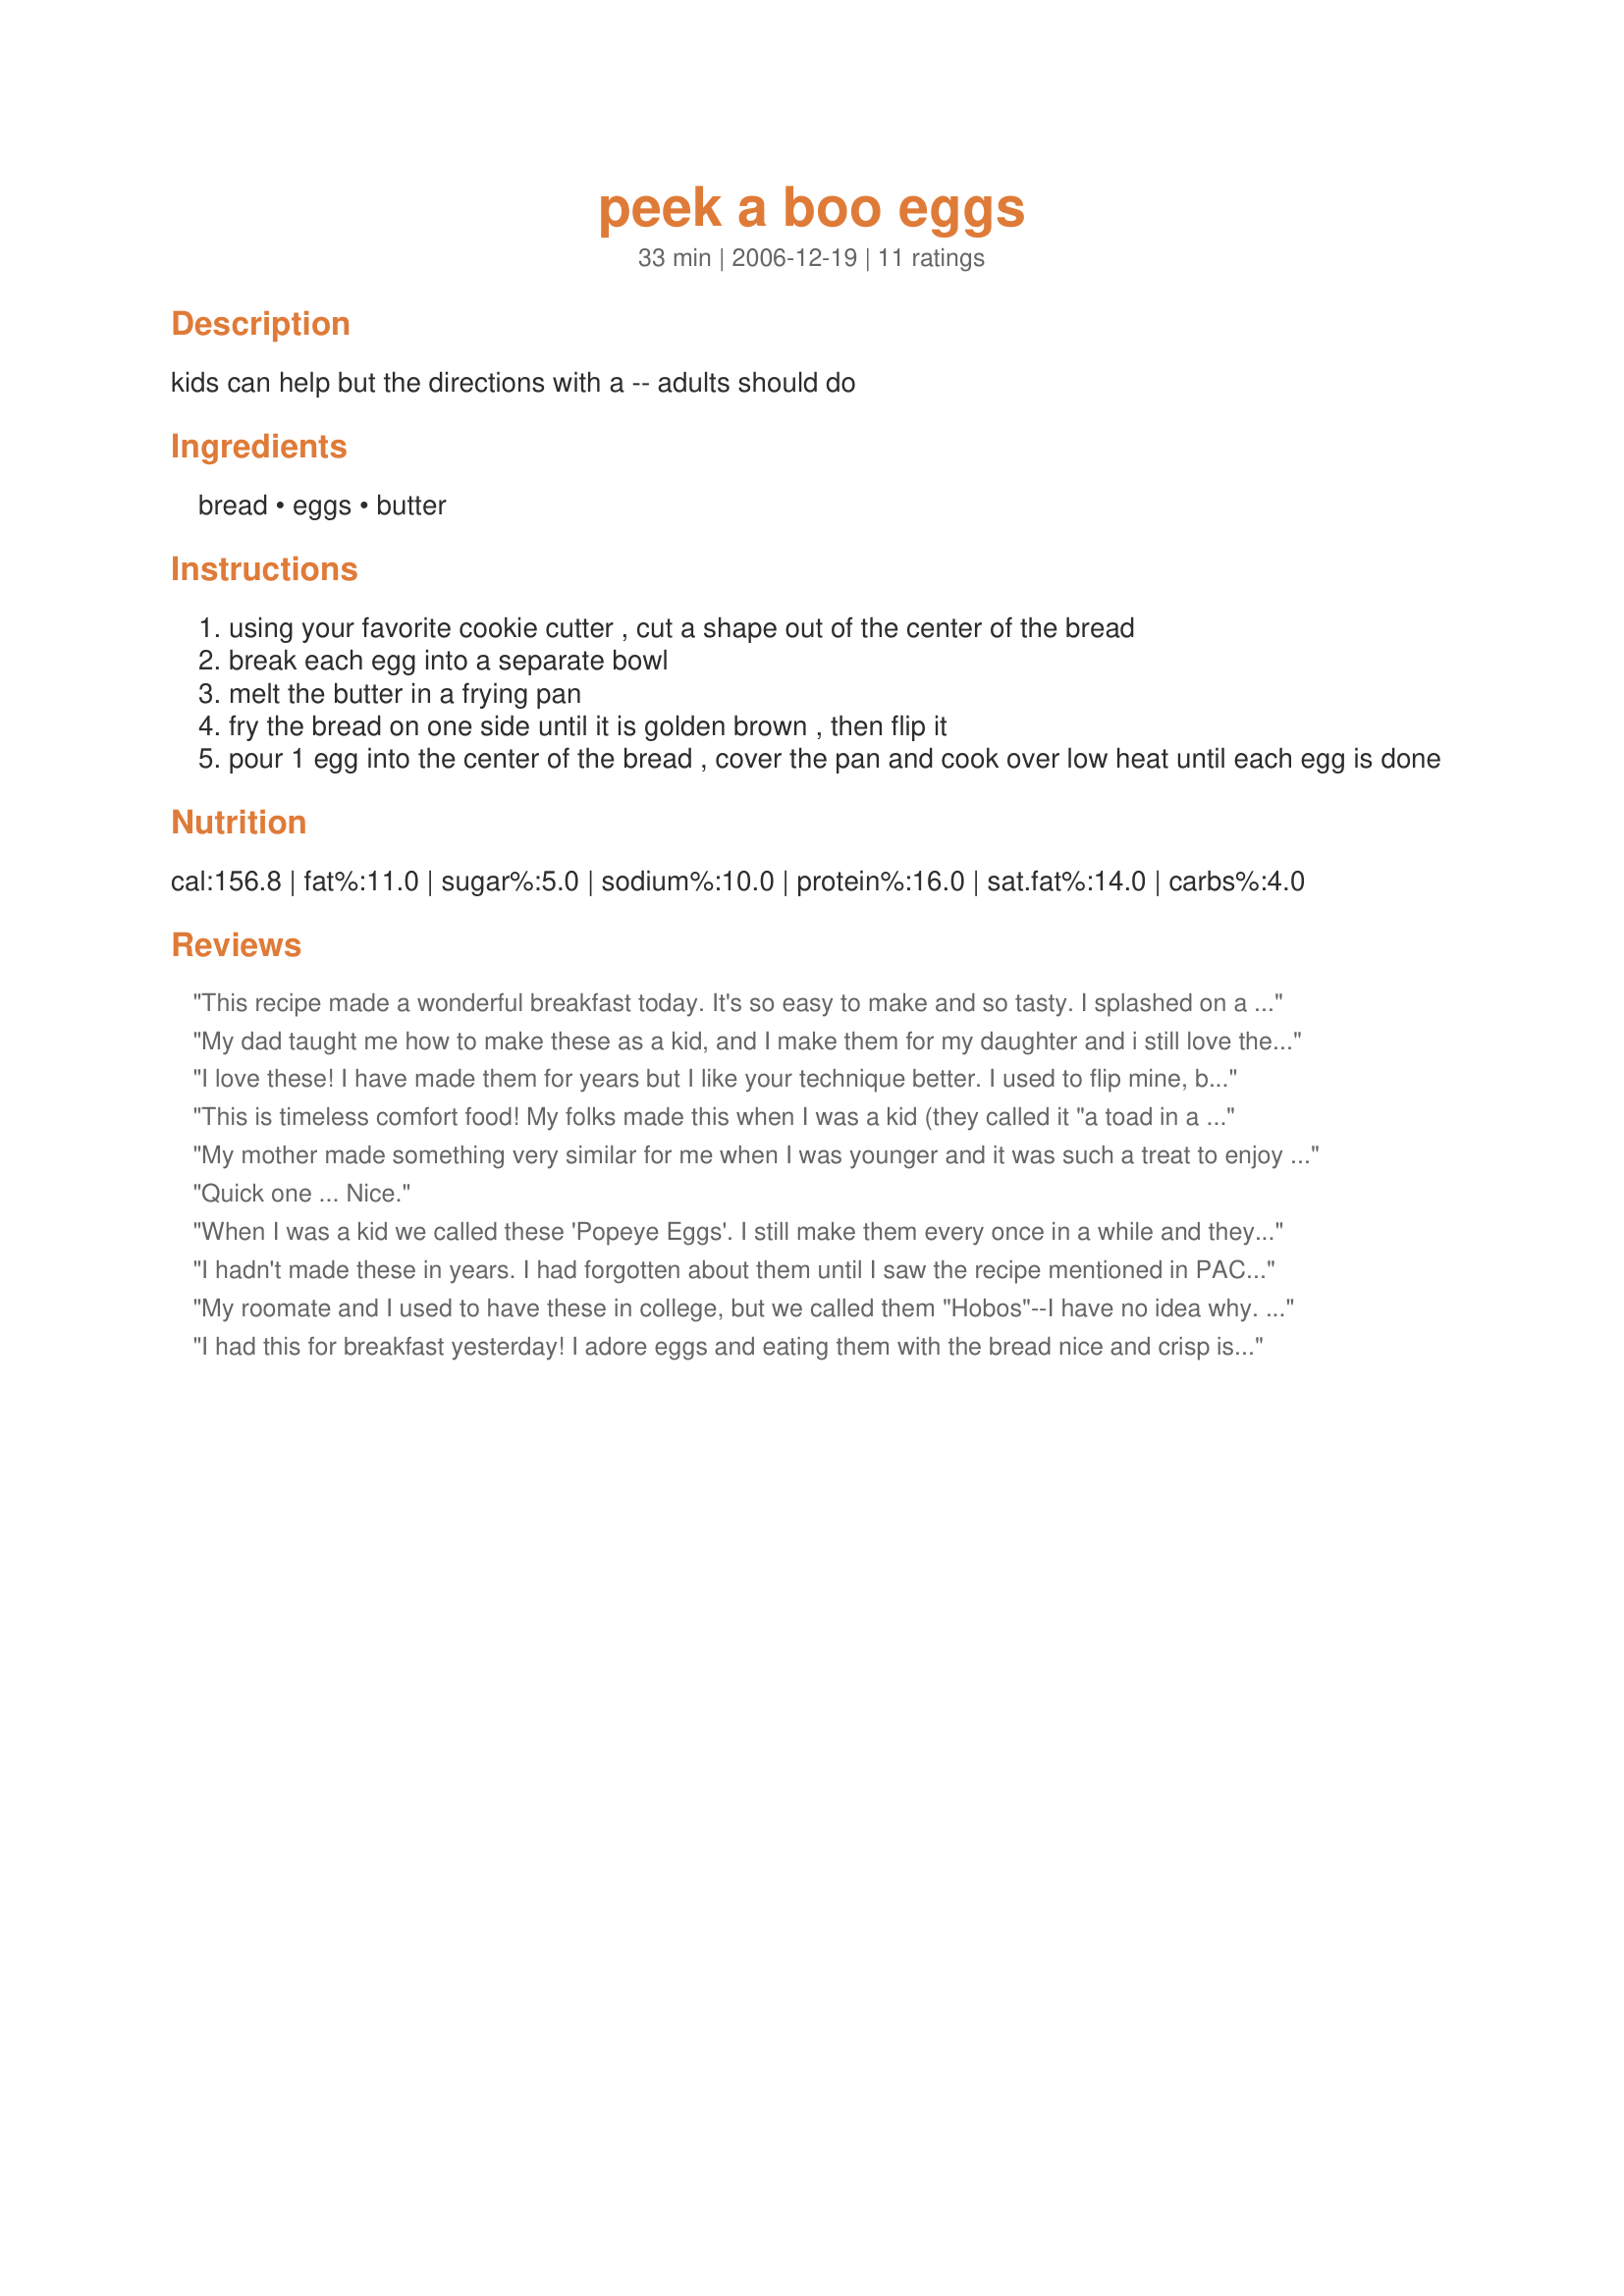
peek a boo eggs
Preparation time: 33 minutes

kids can help but the directions with a -- adults should do

Ingredients:
bread, eggs, butter

Steps:
using your favorite cookie cutter , cut a shape out of the center of the bread
break each egg into a separate bowl
melt the butter in a frying pan
fry the bread on one side until it is golden brown , then flip it
pour 1 egg into the center of the bread , cover the pan and cook over low heat until each egg is done

Reviews:
This recipe made a wonderful breakfast today. It's so easy to make and so tasty. I splashed on a little worcestershire. Perfection! Made for Pick A Chef.
My dad taught me how to make these as a kid, and I make them for my daughter and i still love them bunches!
I love these! I have made them for years but I like your technique better. I used to flip mine, but no more! Thank you little NikkyNicole.
This is timeless comfort food! My folks made this when I was a kid (they called it "a toad in a hole"), and I still make it--at least once or twice a month. These days I serve it with nuts and maple syrup on top, and pair it with a green veggie salad (the sweet and the savory). It's a quick, easy meal that's always welcome! Thanks for posting this NikkyNicole!!
My mother made something very similar for me when I was younger and it was such a treat to enjoy this bit of nostalgia for dinner this evening. I replaced the butter with cooking spray to save a few calories but made this as suggested. The bread got nice and tosty and it was fn to have it ready for the dipping. I used different cutters but found the one without the little tiny corners and edges. Thanks!
Quick one ...

Nice.
When I was a kid we called these 'Popeye Eggs'. I still make them every once in a while and they still taste great. Butter the middle sections from the cookie cutter and fry them on the side. You also need a little ketchup on the side. Try it -you'll like it! So will your kids.
I hadn't made these in years. I had forgotten about them until I saw the recipe mentioned in PAC. I made them for my hubby and he loved them. Thank you for sharing the recipe!
My roomate and I used to have these in college, but we called them "Hobos"--I have no idea why. Anyway, they were fun to eat and always yummy.
I had this for breakfast yesterday! I adore eggs and eating them with the bread nice and crisp is delicious. I also add a tiny bit of salt and pepper and maybe the tiniest hint of freshly-chopped parsley or spring onion. Yum!
This is very good!! I used to make these for the kids I used to babysit. They loved it. I never have put a lid on the pan before. They came out better with the lid on the pan. I think I will make them this way from mow on. It came out better that way. I had this for breakfast yesterday. I will be making this again Good luck with your recipes. I hope you submit more, because you have good recipes Nikki.
